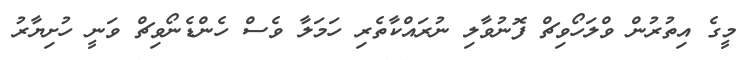
މީގެ އިތުރުން ވްލަހޯވިޗް ފޮނުވާލި ނުރައްކާތެރި ހަމަލާ ވެސް ހެންޑެނޯވިޗް ވަނީ ހުށިޔާރު